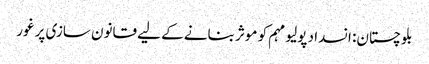
بلوچستان: انسداد پولیو مہم کو موثر بنانے کے لیے قانون سازی پر غور